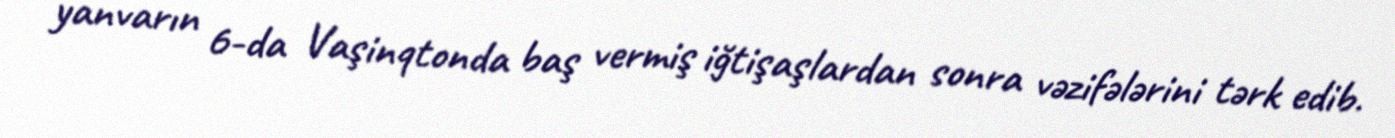
yanvarın 6-da Vaşinqtonda baş vermiş iğtişaşlardan sonra vəzifələrini tərk edib.